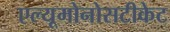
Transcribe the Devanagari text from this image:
एल्यूमोनोसटीकेट